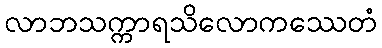
လာဘသက္ကာရသိလောကဿေတံ